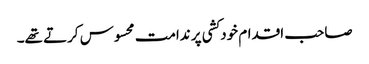
صاحب اقدام خودکشی پر ندامت محسوس کرتے تھے۔